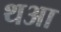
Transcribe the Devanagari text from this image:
थआ